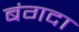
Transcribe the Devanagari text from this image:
बंगदा